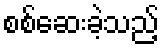
စစ်ဆေးခဲ့သည့်